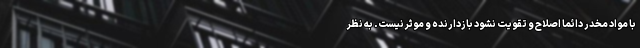
با مواد مخدر دائما اصلاح و تقویت نشود بازدارنده و موثر نیست. به نظر